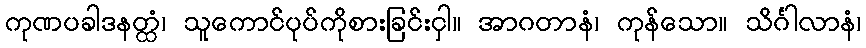
ကုဏပခါဒနတ္ထံ၊ သူကောင်ပုပ်ကိုစားခြင်းငှါ။ အာဂတာနံ၊ ကုန်သော။ သိင်္ဂါလာနံ၊